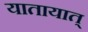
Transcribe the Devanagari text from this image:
यातायात्